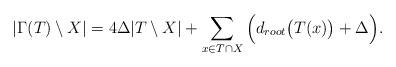
LaTeX: \begin{align*}|\Gamma(T)\setminus X|= 4\Delta|T\setminus X|+ \sum_{x\in T\cap X} \Big(d_{root}\big(T(x)\big) + \Delta\Big).\end{align*}